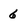
Character: 6